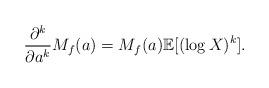
LaTeX: \begin{align*}\frac{\partial^k}{\partial a^k}M_f(a)=M_f(a)\mathbb{E}[(\log X)^k].\end{align*}